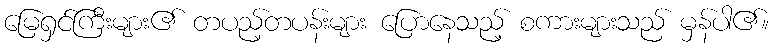
မြေရှင်ကြီးများ၏ တပည့်တပန်းများ ပြောနေသည့် စကားများသည် မှန်ပါ၏။